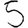
Digit: 5